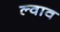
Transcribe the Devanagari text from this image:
ल्वाव